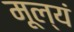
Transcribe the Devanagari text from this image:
मूल्यं